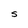
Character: S